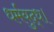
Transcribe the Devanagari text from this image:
धर्मयुद्ध।